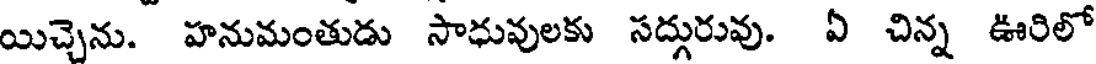
యిచ్చెను. హనుమంతుడు సాధువులకు సద్గురువు. ఏ చిన్న ఊరిలో